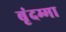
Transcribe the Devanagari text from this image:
बृंदम्मा